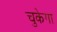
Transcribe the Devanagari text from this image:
चुकेगा